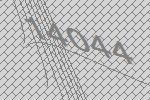
14044